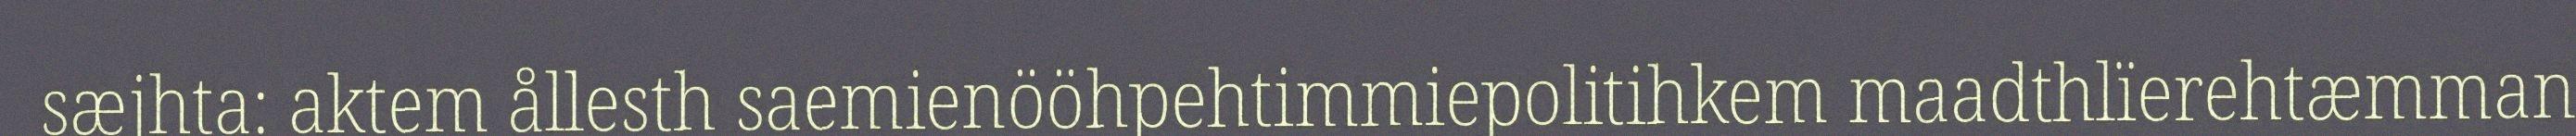
sæjhta: aktem ållesth saemienööhpehtimmiepolitihkem maadthlïerehtæmman